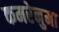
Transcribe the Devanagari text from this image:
कमरेनुमा